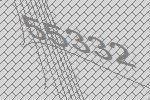
55332